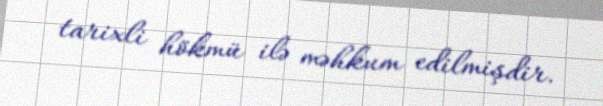
tarixli hökmü ilə məhkum edilmişdir.